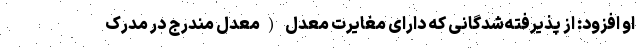
او افزود: از پذیرفته‌شدگانی که دارای مغایرت معدل (معدل مندرج در مدرک